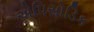
એપિસોડિક